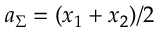
a _ { \Sigma } = ( x _ { 1 } + x _ { 2 } ) / 2